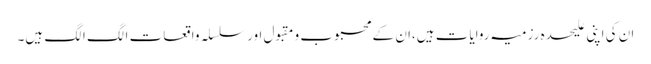
ان کی اپنی علیحدہ رزمیہ روایات ہیں،ان کے محبوب و مقبول اور سلسلہ واقعات الگ الگ ہیں۔